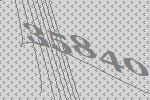
35840